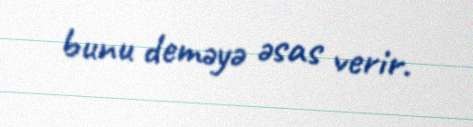
bunu deməyə əsas verir.